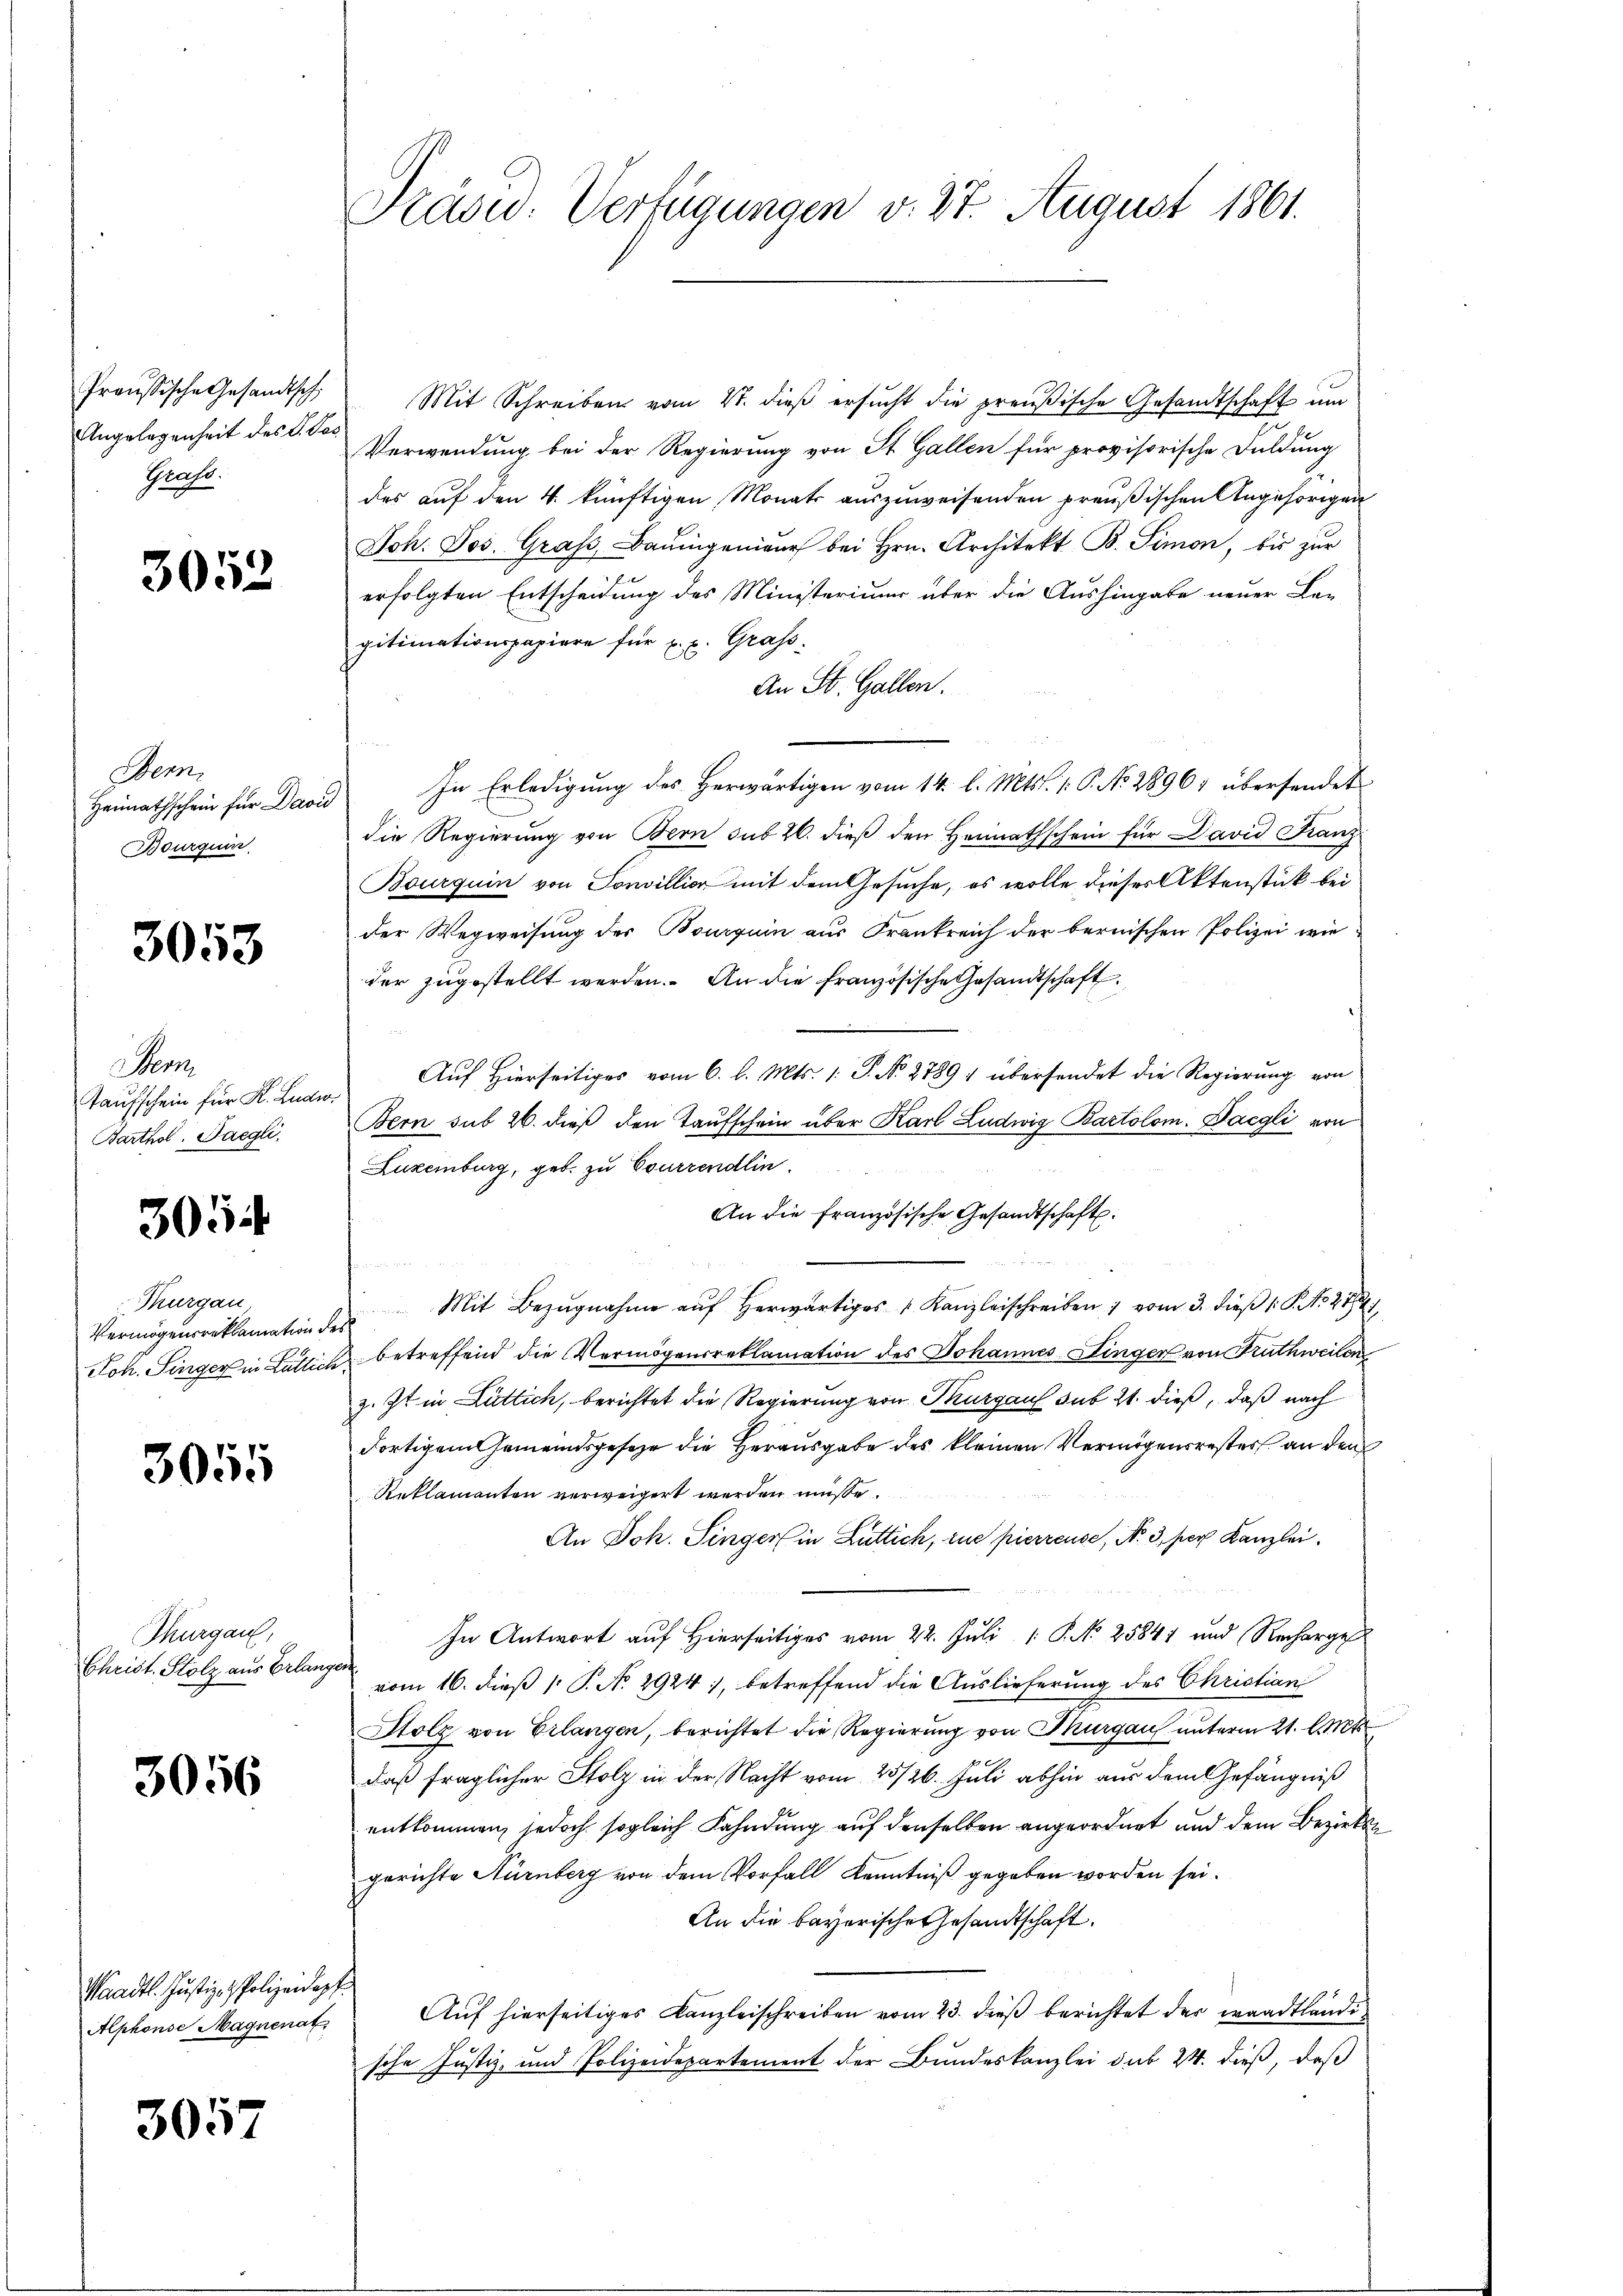
Preußische Gesandtsch
Grafe.

3052

Bern,
Heimathschein für David
Bourquin

3053

Wenn
Taufschein für K. Ludw
Barthol. Faegli

305

Thurgau
Vermögensreklamation d
Joh. Singer in Lütlic

3055

Thurgau,
Christ. Stolz aus Erlangen

3056

Waadt. Justiz- & Polizeidopf
Alphonse Magnenat

3057

Mit Schreiben vom 4. dieß ersucht die preußische Gesandtschaft um
Angelegenheit des C. der Verwendung bei der Regierung von St. Gallen für provisorische Duldung
des auf den 4. künftigen Monats auszuweisenden preußischen Angehörigen
Joh. Jos. Graf, Baŭmgenieur bei Hrn. Architekt B. Simon, bis zur
erfolgten Entscheidung des Ministerium über die Aushingabe neuer Le-
gitimationspapiere für u. c. Grafs
An St. Gallen.
In Erledigung des Herwärtigen vom 14. l. Mts. 1: P. No. 2896, übersendet
die Regierung von Bern sub 20. dieß den Heimathschein für David Franz
Bourquin von Sonvillier mit dem Gesuche, es wolle dieses Aktenstück bei
der Wegweisung der Bourguin aus Frankreich der bernischen Polizei wie
der zugestellt werden. An die französische Gesandtschaft
 Auf Hierseitiges vom 6. l. Mts. 1. P. N. 27891 übersendet die Regierung von
Bern sub 26. dieß den Taufschein über Karl Ludwig Bartolom. Daegli von
Luxenburg, geb. zu Courrendlin
An die französische Gesandtschaft.
Mit Bezŭgnahme aŭf herwärtiges Kanzleischreiben vom 3. dieβ 1: P. No. 21524/
ert
u betreffend die Vermögensreklamation des Johannes Dinger von Fruthweilen
z. Zt. in Lüttich, berichtet die Regierung von Thurgau sub 21. dieß, daß nach
dortigem Gemeindsgesetze die Herausgabe des kleinen Vermögensrester an den
Reklamanten verweigert werden müsse.
An Joh. Singer in Luttich, zue pierreuse, No. 3. per Kanzlei.
u
In Antwort auf Hierseitiges vom 22. Juli [ P. No 25841 und Recharges
vom 16. dieß 1 P. No 2924), betreffend die Auslieferung des Christian
Stolz von Erlangen, berichtet die Regierung von Thurgau unterm 21. Oct
daß fraglicher Stolz in der Nacht vom 25/26. Juli abhin aus dem Gefängniß
entkommen, jedoch sogleich Fahndung auf denselben angeordnet und dem Bezirksgerichte Nürnberg von dem Vorfall Kenntniß gegeben worden sei.
An die bayerische Gesandtschaft.
Auf hierseitiges Kanzleischreiben vom 23. dieß berichtet der waadtländische Justiz- und Polizeidepartement der Bundeskanzlei sub 24. dieß, daß

Präsid. Verfügungen v. 27. August 1861.